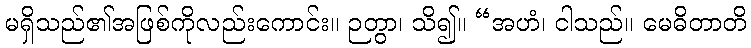
မရှိသည်၏အဖြစ်ကိုလည်းကောင်း။ ဉတွာ၊ သိ၍။ “အဟံ၊ ငါသည်။ မေဓိတာတိ